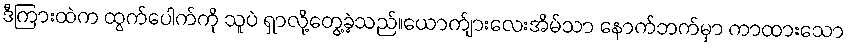
ဒီကြားထဲက ထွက်ပေါက်ကို သူပဲ ရှာလို့တွေ့ခဲ့သည်။ယောက်ျားလေးအိမ်သာ နောက်ဘက်မှာ ကာထားသော